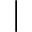
\mid